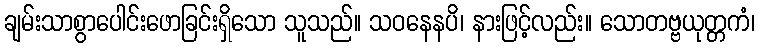
ချမ်းသာစွာပေါင်းဖောခြင်းရှိသော သူသည်။ သဝနေနပိ၊ နားဖြင့်လည်း။ သောတဗ္ဗယုတ္တကံ၊